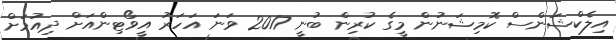
އިލެކްޝަންސް ކޮމިޝަނުން މީގެ ކުރިން ބުނީ 2017 ވަނަ އަހަރު އީވޯޓިންއަށް ދިއުމަށް